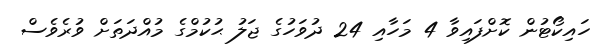
ހައިކޯޓުން ކޮށްފައިވާ 4 މަހާއި 24 ދުވަހުގެ ޖަލު ޙުކުމްގެ މުއްދަތަށް ވުރެވެސް